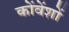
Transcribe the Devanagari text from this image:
कोंवेंशों